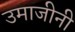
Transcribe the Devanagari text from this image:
उमाजीनी